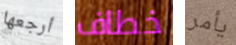
أرجعها خطاف يأمر